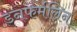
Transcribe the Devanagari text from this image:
डनफर्मलिन